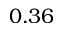
0 . 3 6